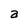
Character: a